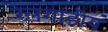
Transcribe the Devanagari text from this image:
रेलगाड़ीयं